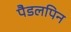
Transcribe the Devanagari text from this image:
पैडलपिन